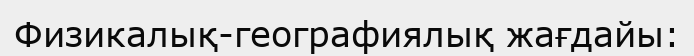
Физикалық-географиялық жағдайы: